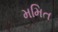
મમિત